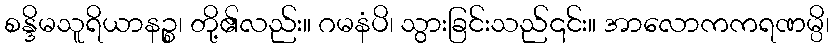
စန္ဒိမသူရိယာနဉ္စ၊ တို့၏လည်း။ ဂမနံပိ၊ သွားခြင်းသည်၎င်း။ အာလောကကရဏမ္ပိ၊